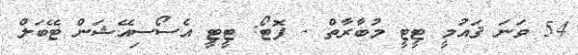
54 ވަނަ ޤައުމީ ޓީޓީ މުބާރާތް - ފޮޓޯ: ޓީޓީ އެސޯސިއޭޝަން ޓޭބަލް